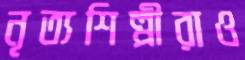
নৃত্যশিল্পীরাও